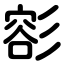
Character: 彮